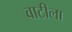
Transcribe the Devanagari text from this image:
वाटीला